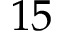
1 5